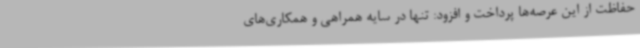
حفاظت از این عرصه‌ها پرداخت و افزود: تنها در سایه همراهی و همکاری‌های